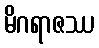
မိဂရာဇဿ